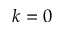
k = 0